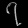
Digit: ၇